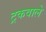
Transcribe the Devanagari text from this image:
ट्रकवाले